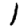
Digit: 1